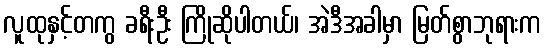
လူထုနှင့်တကွ ခရီးဦး ကြိုဆိုပါတယ်၊ အဲဒီအခါမှာ မြတ်စွာဘုရားက